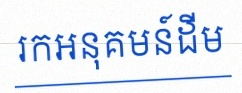
រកអនុគមន៍ដើម